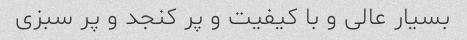
بسیار عالی و با کیفیت و پر کنجد و پر سبزی